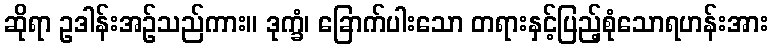
ဆိုရာ ဥဒါန်းအဉ်သည်ကား။ ဒုက္ခံ၊ ခြောက်ပါးသော တရားနှင့်ပြည့်စုံသောရဟန်းအား